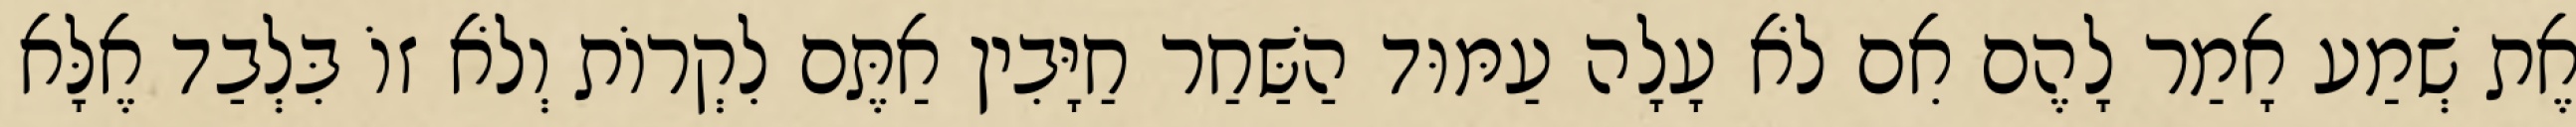
אֶת שְׁמַע אָמַר לָהֶם אִם לֹא עָלָה עַמּוּד הַשַּׁחַר חַיָּבִין אַתֶּם לִקְרוֹת וְלֹא זוֹ בִּלְבַד אֶלָּא